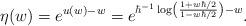
LaTeX: \begin{align*}\eta(w)=e^{u(w)-w}=e^{\hbar^{-1}\log\left(\frac{1+w\hbar/2}{1-w\hbar/2}\right)-w}.\end{align*}